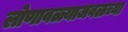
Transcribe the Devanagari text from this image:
लोणावळ्याजवळच्या